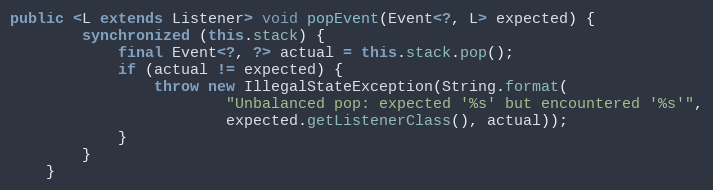
Language: Java
public <L extends Listener> void popEvent(Event<?, L> expected) {
        synchronized (this.stack) {
            final Event<?, ?> actual = this.stack.pop();
            if (actual != expected) {
                throw new IllegalStateException(String.format(
                        "Unbalanced pop: expected '%s' but encountered '%s'",
                        expected.getListenerClass(), actual));
            }
        }
    }